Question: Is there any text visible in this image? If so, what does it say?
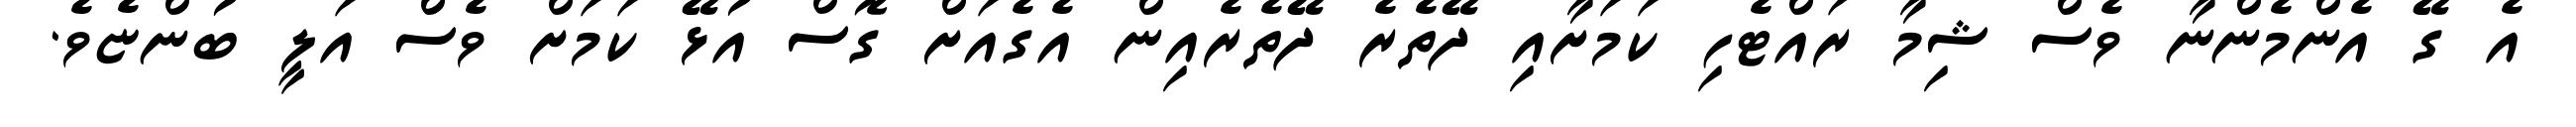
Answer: އެ ގޭ އެންމެންނާ ވެސް ޝިމާ ރައްޓެހި ކަމަށާއި ދޭތެރެ ދޭތެރެއިން އެގެއަށް ގޮސް އުޅޭ ކަމަށް ވެސް އަލީ ބުންޏެވެ.